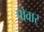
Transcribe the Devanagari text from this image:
पोवार्